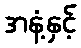
အနံ့နှင့်